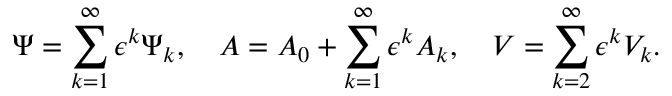
\Psi = \sum _ { k = 1 } ^ { \infty } \epsilon ^ { k } \Psi _ { k } , \quad { \cal A } = A _ { 0 } + \sum _ { k = 1 } ^ { \infty } \epsilon ^ { k } { \cal A } _ { k } , \quad V = \sum _ { k = 2 } ^ { \infty } \epsilon ^ { k } V _ { k } .